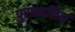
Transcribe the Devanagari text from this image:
पुराकालिक